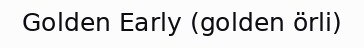
Golden Early (golden örli)